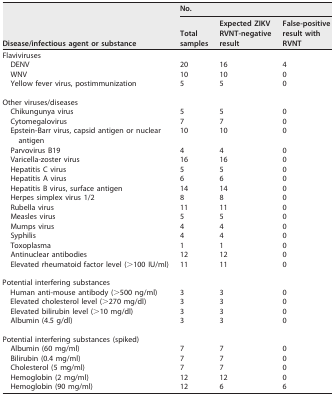
<table><thead><tr><td rowspan="2"><b>Disease/infectious agent or substance</b></td><td colspan="3"><b>No.</b></td></tr><tr><td><b>Total samples</b></td><td><b>Expected ZIKV RVNT-negative result</b></td><td><b>False-positive result with RVNT</b></td></tr></thead><tbody><tr><td>Flaviviruses</td><td></td><td></td><td></td></tr><tr><td>DENV</td><td>20</td><td>16</td><td>4</td></tr><tr><td>WNV</td><td>10</td><td>10</td><td>0</td></tr><tr><td>Yellow fever virus, postimmunization</td><td>5</td><td>5</td><td>0</td></tr><tr><td>Other viruses/diseases</td><td></td><td></td><td></td></tr><tr><td>Chikungunya virus</td><td>5</td><td>5</td><td>0</td></tr><tr><td>Cytomegalovirus</td><td>7</td><td>7</td><td>0</td></tr><tr><td>Epstein-Barr virus, capsid antigen or nuclear antigen</td><td>10</td><td>10</td><td>0</td></tr><tr><td>Parvovirus B19</td><td>4</td><td>4</td><td>0</td></tr><tr><td>Varicella-zoster virus</td><td>16</td><td>16</td><td>0</td></tr><tr><td>Hepatitis C virus</td><td>5</td><td>5</td><td>0</td></tr><tr><td>Hepatitis A virus</td><td>6</td><td>6</td><td>0</td></tr><tr><td>Hepatitis B virus, surface antigen</td><td>14</td><td>14</td><td>0</td></tr><tr><td>Herpes simplex virus 1/2</td><td>8</td><td>8</td><td>0</td></tr><tr><td>Rubella virus</td><td>11</td><td>11</td><td>0</td></tr><tr><td>Measles virus</td><td>5</td><td>5</td><td>0</td></tr><tr><td>Mumps virus</td><td>4</td><td>4</td><td>0</td></tr><tr><td>Syphilis</td><td>4</td><td>4</td><td>0</td></tr><tr><td>Toxoplasma</td><td>1</td><td>1</td><td>0</td></tr><tr><td>Antinuclear antibodies</td><td>12</td><td>12</td><td>0</td></tr><tr><td>Elevated rheumatoid factor level (&gt;100 IU/ml)</td><td>11</td><td>11</td><td>0</td></tr><tr><td>Potential interfering substances</td><td></td><td></td><td></td></tr><tr><td>Human anti-mouse antibody (&gt;500 ng/ml)</td><td>3</td><td>3</td><td>0</td></tr><tr><td>Elevated cholesterol level (&gt;270 mg/dl)</td><td>3</td><td>3</td><td>0</td></tr><tr><td>Elevated bilirubin level (&gt;10 mg/dl)</td><td>3</td><td>3</td><td>0</td></tr><tr><td>Albumin (4.5 g/dl)</td><td>3</td><td>3</td><td>0</td></tr><tr><td>Potential interfering substances (spiked)</td><td></td><td></td><td></td></tr><tr><td>Albumin (60 mg/ml)</td><td>7</td><td>7</td><td>0</td></tr><tr><td>Bilirubin (0.4 mg/ml)</td><td>7</td><td>7</td><td>0</td></tr><tr><td>Cholesterol (5 mg/ml)</td><td>7</td><td>7</td><td>0</td></tr><tr><td>Hemoglobin (2 mg/ml)</td><td>12</td><td>12</td><td>0</td></tr><tr><td>Hemoglobin (90 mg/ml)</td><td>12</td><td>6</td><td>6</td></tr></tbody></table>